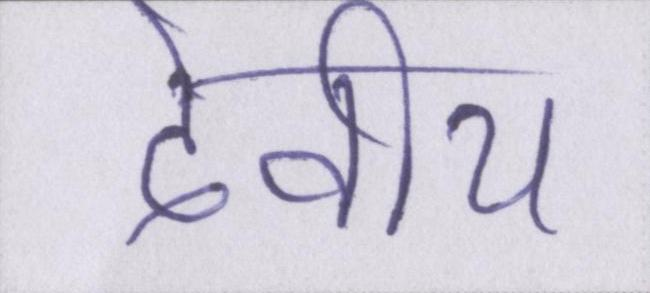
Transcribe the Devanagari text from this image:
देवीय